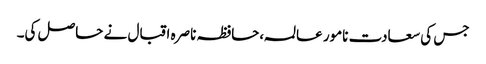
جس کی سعادت نامور عالمہ،حافظہ ناصرہ اقبال نے حاصل کی۔